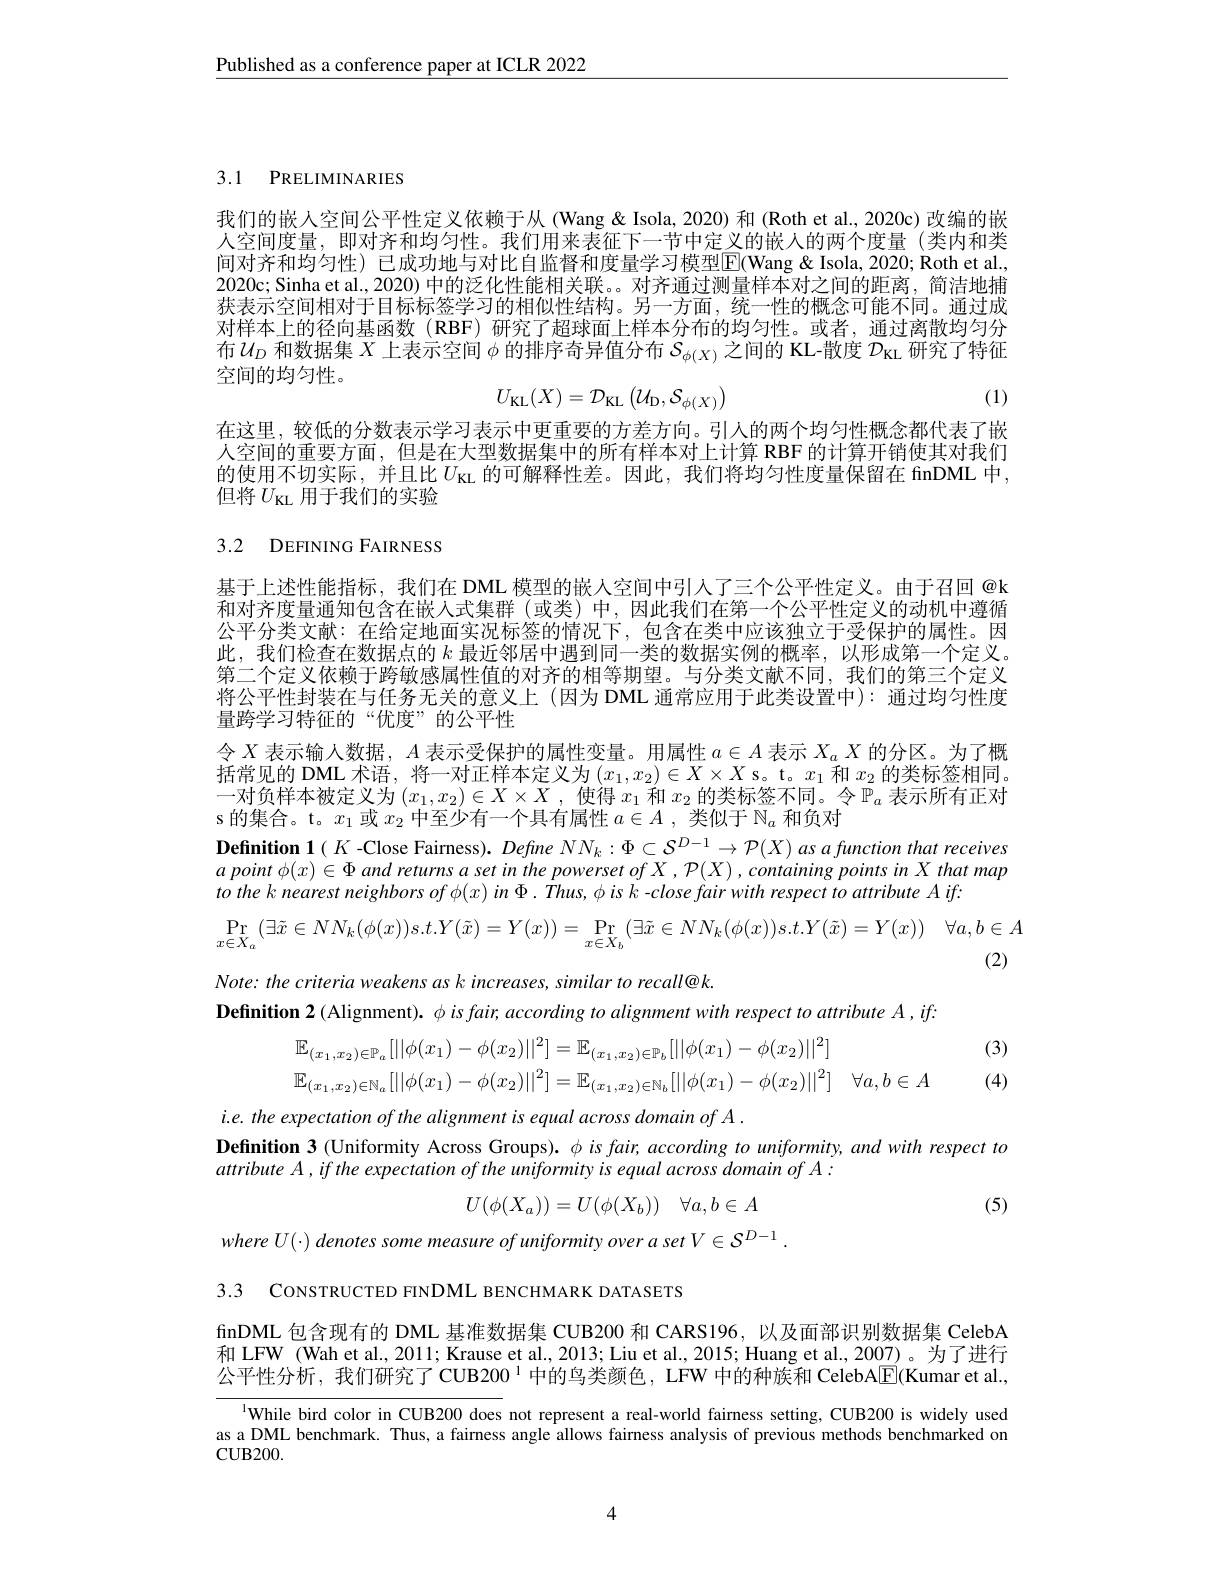
Published as a conference paper at ICLR 2022

3.1 PRELIMINARIES

我们的嵌人空间公平性定义依赖于从 (Wang & Isola, 2020) 和 (Roth et al., 2020c) 改编的嵌人空间度量，即对齐和均匀性。我们用来表征下一节中定义的嵌人的两个度量(类内和类间对齐和均匀性)已成功地与对比自监督和度量学习模型$\overline{\mathrm{E}}($Wang& Isola, 2020; Roth et al., 2020c; Sinha et al., 2020) 中的泛化性能相关联。对齐通过测量样本对之间的距离，简洁地捕获表示空间相对于目标标签学习的相似性结构。另一方面，统一性的概念可能不同。通过成对样本上的径向基函数(RBF)研究了超球面上样本分布的均匀性。或者，通过离散均匀分布$\mathcal{U}_D$和数据集$X$上表示空间$\phi$的排序奇异值分布$\mathcal{S}_\phi(X)$之间的 KL-散度$\mathcal{D}_\mathrm{\kappa L}$研究了特征空间的均匀性。
$$U_{\mathrm{KL}}(X)=\mathcal{D}_{\mathrm{KL}}\left(\mathcal{U}_{\mathrm{D}},\mathcal{S}_{\phi(X)}\right)$$
(1)

在这里，较低的分数表示学习表示中更重要的方差方向。引人的两个均匀性概念都代表了嵌人空间的重要方面，但是在大型数据集中的所有样本对上计算 RBF 的计算开销使其对我们的使用不切实际，并且比$U_\mathrm{KL}$ 的可解释性差。因此，我们将均匀性度量保留在 finDML 中， 但将$U_\mathrm{KL}$用于我们的实验

## 3.2 DEFINING FAIRNESS

基于上述性能指标，我们在 DML 模型的嵌人空间中引入了三个公平性定义。由于召回 @k 和对齐度量通知包含在嵌人式集群(或类)中，因此我们在第一个公平性定义的动机中遵循公平分类文献：在给定地面实况标签的情况下，包含在类中应该独立于受保护的属性。因此，我们检查在数据点的$k$最近邻居中遇到同一类的数据实例的概率，以形成第一个定义。第二个定义依赖于跨敏感属性值的对齐的相等期望。与分类文献不同，我们的第三个定义将公平性封装在与任务无关的意义上 (因为 DML 通常应用于此类设置中): 通过均匀性度量跨学习特征的“优度”的公平性
令$X$表示输人数据，$A$表示受保护的属性变量。用属性$a\in A$表示$X_aX$的分区。为了概括常见的 DML 术语，将一对正样本定义为$(x_1,x_2)\in X\times X$ s。t。$x_1$和$x_2$的类标签相同。一 对 负 样 本 被 定 义 为 $( x_1, x_2) \in X\times X$ , 使 得 $x_1$ 和 $x_2$ 的 类 标 签 不 同 。令 $\mathbb{P} _a$ 表 示 所 有 正 对 s 的 焦 合 t $x$ 或 $x$ 由 否 小 右 一 个 目 右 属 性 $a\in A$ 米 小 王 $\mathbb{N}$ 和 名 对${\text{s 的集合。t。}x_{1}\text{ 或 }x_{2}\text{ 中至少有一个具有属性 }a\in A\mathrm{~,~类似于~}\mathbb{N}_{a}\text{ 和负对}}$
Definition 1( $K$ -Close Fairness). Define $NN_k:\Phi\subset\mathcal{S}^{D-1}\to\mathcal{P}(X)$ as a function that receives $a$ point $\phi ( x) \in \Phi$ and returns $a$ set $in$ the powerset $of$ $X$ , $\mathcal{P} ( X)$ $, containing$ points $in$ $X$ that map to the k nearest neighbors of $\phi(x)$ in $\Phi . Thus, \phi is\textit{ k- closefair with respect to attribute A iff: }$
$$\Pr_{x\in X_{a}}(\exists\tilde{x}\in NN_{k}(\phi(x))s.t.Y(\tilde{x})=Y(x))=\Pr_{x\in X_{b}}(\exists\tilde{x}\in NN_{k}(\phi(x))s.t.Y(\tilde{x})=Y(x))\quad\forall a,b\in A$$
(2)
Note: the criteria weakens as k increases, similar to recall@k.
$\textbf{Definition 2 ( Alignment) . }\phi isfair, according to alignment with respect to attribute A , if:$
(3)
$$\begin{aligned}&\mathbb{E}_{(x_1,x_2)\in\mathbb{P}_a}[||\phi(x_1)-\phi(x_2)||^2]=\mathbb{E}_{(x_1,x_2)\in\mathbb{P}_b}[||\phi(x_1)-\phi(x_2)||^2]\\&\mathbb{E}_{(x_1,x_2)\in\mathbb{N}_a}[||\phi(x_1)-\phi(x_2)||^2]=\mathbb{E}_{(x_1,x_2)\in\mathbb{N}_b}[||\phi(x_1)-\phi(x_2)||^2]\quad\forall a,b\in A\\\end{aligned}$$
(4)
i.e. the expectation of the alignment is equal across domain of A .
Definition 3 (Uniformity Across Groups). $\phi$ is fair, according to uniformity, and with respect to
attribute A , if the expectation of the uniformity is equal across domain of A :
$$U(\phi(X_a))=U(\phi(X_b))\quad\forall a,b\in A$$
(5)
where $U(\cdot)$ denotes some measure of uniformity over a set $V\in\mathcal{S}^D-1.$

3.3 CONSTRUCTED FINDML BENCHMARK DATASETS

finDML 包含现有的 DML 基准数据集 CUB200 和 CARS196, 以及面部识别数据集 CelebA 和 LFW (Wah et al., 2011; Krause et al., 2013; Liu et al., 2015; Huang et al., 2007)。为了进行公平性分析，我们研究了CUB200$^{1}$中的鸟类颜色，LFW 中的种族和 CelebA$\boxed{\mathrm{E}}($Kumar et al.,

$^{1}$While bird color in CUB200 does not represent a real-world fairness setting, CUB200 is widely used as a DML benchmark. Thus, a fairness angle allows fairness analysis of previous methods benchmarked on CUB200.